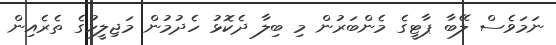
ނަމަވެސް ލޭބާ ޕާޓީގެ މެންބަރުން މި ބިލާ ދެކޮޅު ހެދުމުން މަޖިލީހުގެ ތެރެއިން